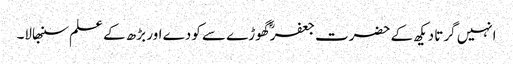
انہیں گرتا دیکھ کے حضرت جعفرؓ گھوڑے سے کودے اور بڑھ کے علم سنبھالا۔